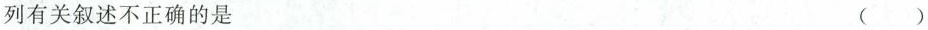
列有关叙述不正确的是 ()